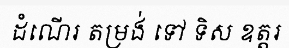
ដំណើរ តម្រង់ ទៅ ទិស ឧត្តរ